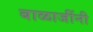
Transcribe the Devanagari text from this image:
बाळाजींनी